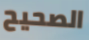
الصحيح